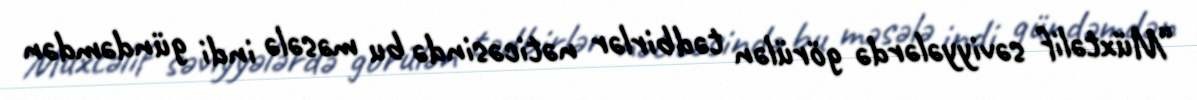
“Müxtəlif səviyyələrdə görülən tədbirlər nəticəsində bu məsələ indi gündəmdən